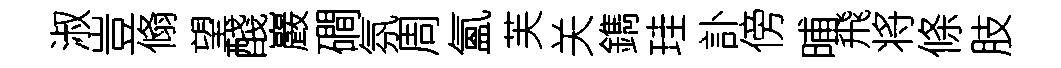
淑豈翛望醆巖磵氛周氳芙关鐫珪訃傍晡飛将條肢